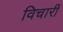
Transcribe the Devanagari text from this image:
विचारीं